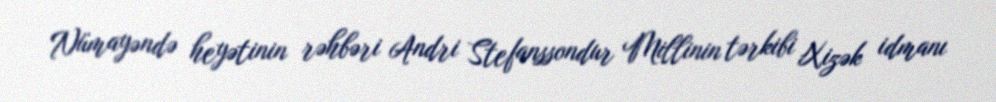
Nümayəndə heyətinin rəhbəri Andri Stefanssondur Millinin tərkibi Xizək idmanı